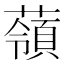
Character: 䕘